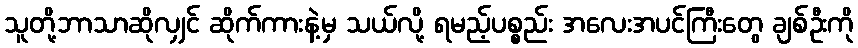
သူတို့ဘာသာဆိုလျှင် ဆိုက်ကားနဲ့မှ သယ်လို့ ရမည့်ပစ္စည်း အလေးအပင်ကြီးတွေ ချစ်ဦးကို